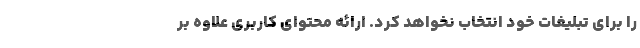
را برای تبلیغات خود انتخاب نخواهد کرد. ارائه محتوای کاربری علاوه بر